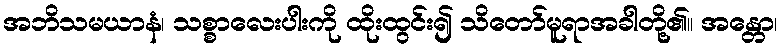
အဘိသမယာနံ၊ သစ္စာလေးပါးကို ထိုးထွင်း၍ သိတော်မူရာအခါတို့၏။ အန္တော၊